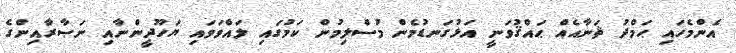
އެންމެހައި ޙަމްދު ޘަނާއެއް ޙައްޤުވަނީ އަޅުގަނޑުމެން މުސްލިމުން ކަމުގައި ލައްވަވައި ޔަހޫދީންނާއި ނަޞާރާއިންގެ